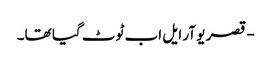
- قصر یو آر ایل اب ٹوٹ گیا تھا۔